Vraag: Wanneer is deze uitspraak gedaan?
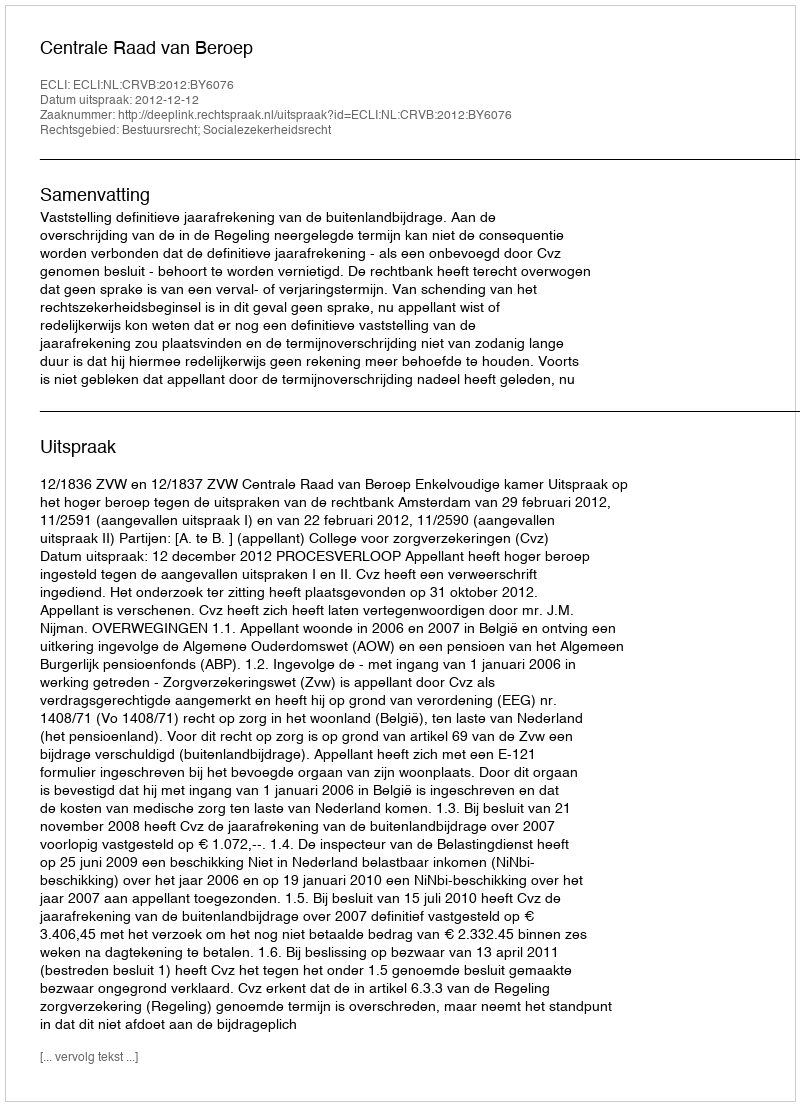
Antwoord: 2012-12-12